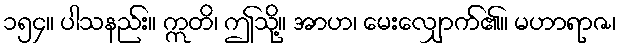
၁၅၄။ ပါသနည်း။ ဣတိ၊ ဤသို့။ အာဟ၊ မေးလျှောက်၏။ မဟာရာဇ၊